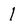
Character: 1